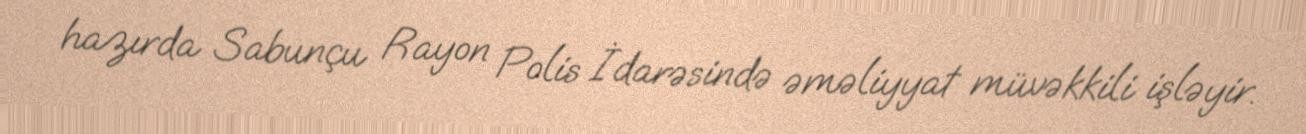
hazırda Sabunçu Rayon Polis İdarəsində əməliyyat müvəkkili işləyir.